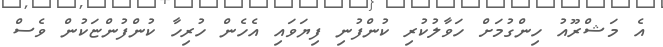
އެ މަޝްރޫއު ހިންގުމަށް ހަވާލުކުރި ކުންފުނި ފިޔަވައި އެހެން ހުރިހާ ކުންފުންޏަކުން ވެސް